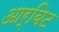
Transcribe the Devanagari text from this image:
आर्बिट